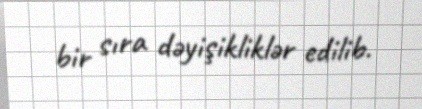
bir sıra dəyişikliklər edilib.